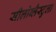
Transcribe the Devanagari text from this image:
सीलोब्लैस्टुला